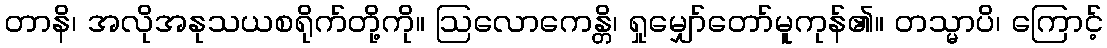
တာနိ၊ အလိုအနုသယစရိုက်တို့ကို။ ဩလောကေန္တိ၊ ရှုမျှော်တော်မူကုန်၏။ တသ္မာပိ၊ ကြောင့်